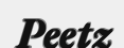
Peetz